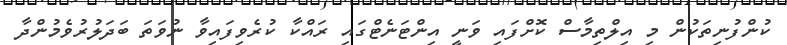
ކުންފުނިތަކުން މި އިލްތިމާސް ކޮށްފައި ވަނީ އިންޓަނެޓްގައި ރައްކާ ކުރެވިފައިވާ ނުވަތަ ބަދަލުރުވެމުންދާ